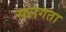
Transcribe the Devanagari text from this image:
सलगता